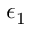
\epsilon _ { 1 }